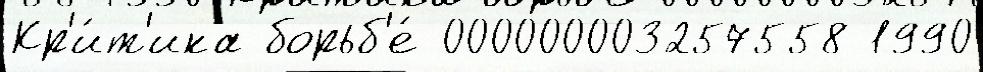
Кр'и́т'ика борьб'е́ 000000003257558 1990